Report on the administration of the Government Cinchona Department 1892-98
Year: 1892
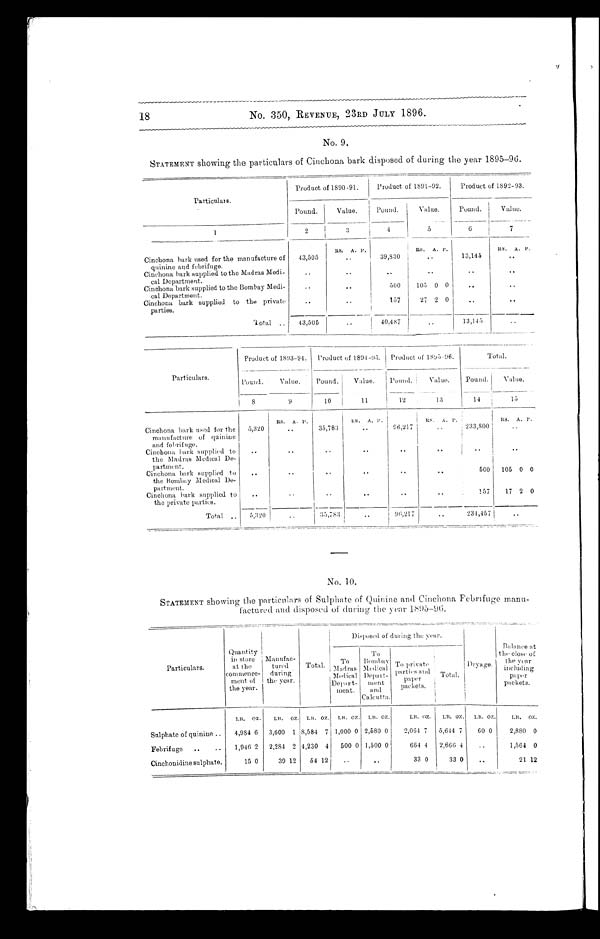
18
No. 350, REVENUE, 23RD JULY 1896.
No. 9.
STATEMENT showing the particulars of Cinchona bark disposed of during the year 1895-96.
Particulars.
Product of 1890-91.
Product of 1891-92.
Product of 1892-93.
Pound.
Value.
Pound.
Value.
Pound.
Value.
1
2
3
4
5
6
7
RS. A. P.
RS. A. P.
RS. A. P .
Cinchona bark used for the manufacture of
quinine and febrifuge.
43,505
..
39,830
..
13,145
..
Cinchona bark supplied to the Madras Medi-
cal Department.
..
..
..
..
..
..
Cinchona bark supplied to the Bombay Medi-
cal Department.
..
..
500
105 0 0
..
..
Cinchona bark supplied to the private
parties.
. .
..
157
27 2 0 ..
..
Total..
43,505
..
40,487
..
13,145
..
Particulars.
Product of 1893-94. Product of 1891-95. Product of 1895-96.
Total.
Pound.
Value.
Pound.
Value.
Pound.
Value.
Pound.
Value.
8
9
10
11
12
13
14
13
Rs. A. P.
RS. A. P.
RS. A. P.
RS. A. P.
Cinchona bark used for the
manufacture of quinine
and febrifuge.
5,320
..
35,783
..
96,217
..
233,800
..
Cinchona bark supplied to
the Madras Medical De-
partment.
..
..
..
..
..
.. ..
.. ..
.. ..
Cinchona bark supplied to
the Bombay Medical De-
partment.
.. ..
.. ..
.. ..
.. ..
..
..
.. ..
500 105 0 0
Cinchona bark supplied to
the private parties.
.. ..
.. ..
..
..
.. ..
..
..
.. ..
157
17 2 0
Total.. 5,320 ..
.. ..
3 5 , 7 8 3 . .
96,217
..
231,457
..
No. 10.
STATEMENT showing the particulars of Sulphate of Quinine and Cinchona Febrifuge manu-
factured and disposed of during the year 1895-96
Particulars.
Quantity
i n s t or e
at the
commence-
ment of
the year.
Manufac-
tured
during
the year.
Total.
Disposed of during the year.
Dr ya ge .
Balance
at the close of
the year
including
paper
packets.
To
Madras
Medical
Depart-
ment.
To
Bombay
Medical
Depart_
ment
and
Calcutta.
T o p r i v a t e
parties and
paper
packets.
Total.
LB. oz. LB. OZ. LB. OZ.. LB. OZ. LB. OZ.
LB. OZ. LB. OZ. LB. OZ.
LB. OZ.
Sulphate of quinine
4,984 6 3,600 1 8,584 7 1,000 0 2,580 0
2,064 7 5,644 7
60 0
2,880 0
Febrifuge
1,946 2 2,284 2 4,230 4 500 0 1,500 0
664 4 2,666 4
..
1,564 0
Cinchonidine sulphate.
15 0
39 12
54 12
..
..
33 0
33 0
..
21 12